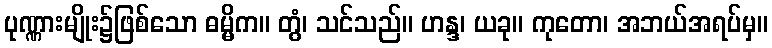
ပုဏ္ဏားမျိုး၌ဖြစ်သော ဓမ္မိက။ တွံ၊ သင်သည်။ ဟန္ဒ၊ ယခု။ ကုတော၊ အဘယ်အရပ်မှ။